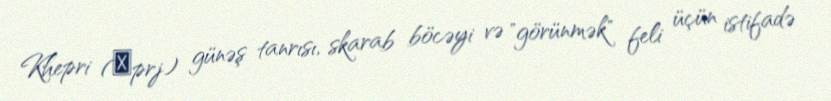
Khepri (ḫprj) günəş tanrısı, skarab böcəyi və "görünmək" feli üçün istifadə